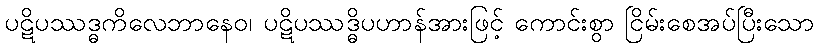
ပဋိပဿဒ္ဓကိလေဘာနေဝ၊ ပဋိပဿဒ္ဓိပဟာန်အားဖြင့် ကောင်းစွာ ငြိမ်းစေအပ်ပြီးသော